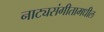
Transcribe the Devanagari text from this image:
नाट्यसंगीतामधील